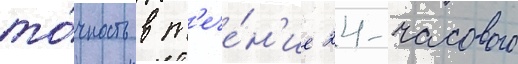
то́чность в т'ече́н'ие 24-часового